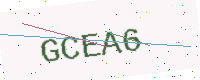
Text: GCEA6